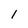
Character: 1